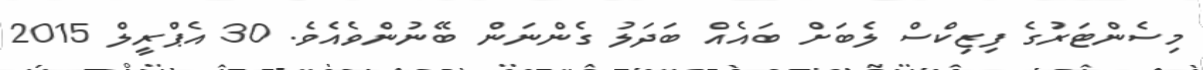
މިސެންޓަރުގެ ފިޒިކްސް ލެބަށް ބައެއް ބަދަލު ގެންނަން ބޭނުންވެއެވެ. 30 އެޕްރީލް 2015